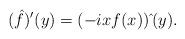
LaTeX: \begin{align*}(\hat{f})^{\prime }(y)=(-ixf(x))\hat{\,}(y).\end{align*}